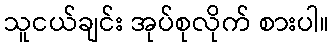
သူငယ်ချင်း အုပ်စုလိုက် စားပါ။